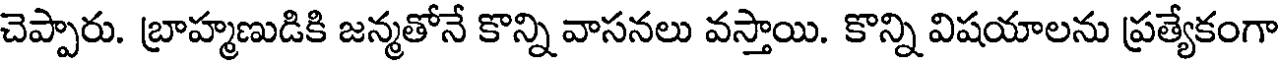
చెప్పారు. బ్రాహ్మణుడికి జన్మతోనే కొన్ని వాసనలు వస్తాయి. కొన్ని విషయాలను ప్రత్యేకంగా